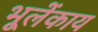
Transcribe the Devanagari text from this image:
भूलेंकाय